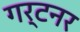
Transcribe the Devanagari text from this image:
गर्टनर